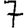
Digit: 7